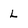
Character: l